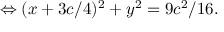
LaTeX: \Leftrightarrow ( x + 3 c / 4 ) ^ { 2 } + y ^ { 2 } = 9 c ^ { 2 } / 1 6 .